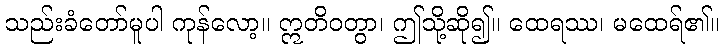
သည်းခံတော်မူပါ ကုန်လော့။ ဣတိဝတွာ၊ ဤသို့ဆို၍။ ထေရဿ၊ မထေရ်၏။